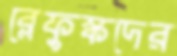
ব্লেফুস্কদের